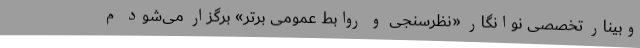
وبینار تخصصی نوانگار «نظرسنجی و روابط عمومی برتر» برگزار می‌شود م